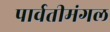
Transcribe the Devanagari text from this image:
पार्वतीमंगल